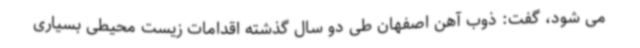
می شود، گفت: ذوب آهن اصفهان طی دو سال گذشته اقدامات زیست محیطی بسیاری